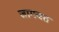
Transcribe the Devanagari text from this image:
जागवत